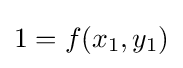
1=f(x_{1},y_{1})